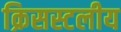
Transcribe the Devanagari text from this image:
क्रिसस्टलीय